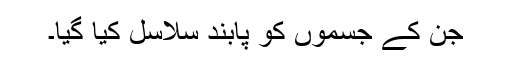
جن کے جسموں کو پابندِ سلاسل کیا گیا۔